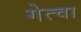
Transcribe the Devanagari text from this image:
गेत्चा